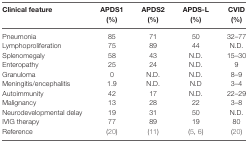
<table><thead><tr><td><b>Clinical feature</b></td><td><b>APDS1 (%)</b></td><td><b>APDS2 (%)</b></td><td><b>APDS-L (%)</b></td><td><b>CVID (%)</b></td></tr></thead><tbody><tr><td>Pneumonia</td><td>85</td><td>71</td><td>50</td><td>32–77</td></tr><tr><td>Lymphoproliferation</td><td>75</td><td>89</td><td>44</td><td>N.D.</td></tr><tr><td>Splenomegaly</td><td>58</td><td>43</td><td>N.D.</td><td>15–30</td></tr><tr><td>Enteropathy</td><td>25</td><td>24</td><td>N.D.</td><td>9</td></tr><tr><td>Granuloma</td><td>0</td><td>N.D.</td><td>N.D.</td><td>8–9</td></tr><tr><td>Meningitis/encephalitis</td><td>1.9</td><td>N.D.</td><td>N.D</td><td>3–4</td></tr><tr><td>Autoimmunity</td><td>42</td><td>17</td><td>N.D.</td><td>22–29</td></tr><tr><td>Malignancy</td><td>13</td><td>28</td><td>22</td><td>3–8</td></tr><tr><td>Neurodevelopmental delay</td><td>19</td><td>31</td><td>50</td><td>N.D.</td></tr><tr><td>IVIG therapy</td><td>77</td><td>89</td><td>19</td><td>80</td></tr><tr><td>Reference</td><td>(20)</td><td>(11)</td><td>(5, 6)</td><td>(20)</td></tr></tbody></table>